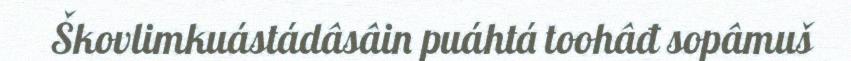
Škovlimkuástádâsâin puáhtá toohâđ sopâmuš